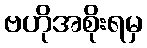
ဗဟိုအစိုးရမှ